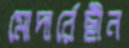
মোদার্রেছীন